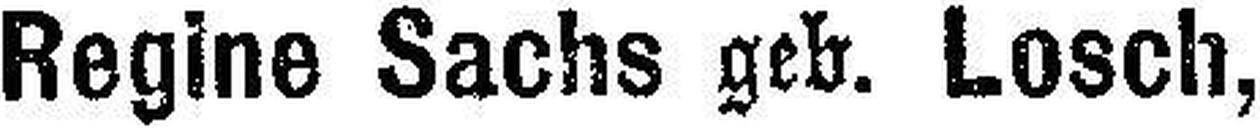
Regine Sachs geb. Losch,